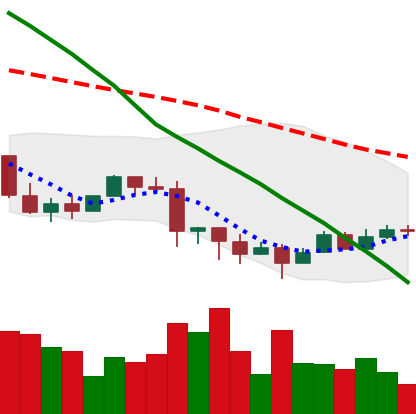
Ticker: EOS-USD
Chart end date: 2022-01-16
Forward return: -18.821%
Label: down_7plus